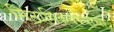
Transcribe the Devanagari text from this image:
मिठापिकवण्याचा